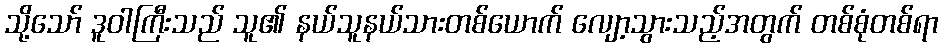
သို့သော် ဒူဝါကြီးသည် သူ၏ နယ်သူနယ်သားတစ်ယောက် လျော့သွားသည့်အတွက် တစ်စုံတစ်ရာ